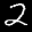
Label: 2